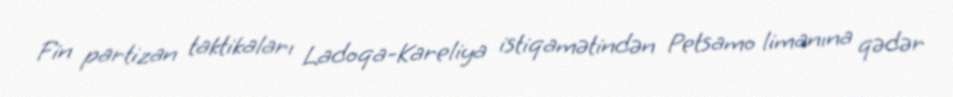
Fin partizan taktikaları Ladoqa-Kareliya istiqamətindən Petsamo limanına qədər